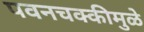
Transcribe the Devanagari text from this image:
पवनचक्कीमुळे